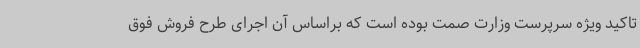
تاکید ویژه سرپرست وزارت صمت بوده است که براساس آن اجرای طرح فروش فوق